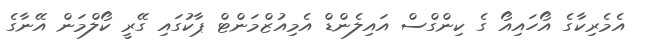
އެމެރިކާގެ އޯހައިއޯ ގެ ކިންގްސް އައިލެންޑް އެމިއުޒްމަންޓް ޕާކުގައި ގޭރީ ކޯލްމަން އޭނާގެ